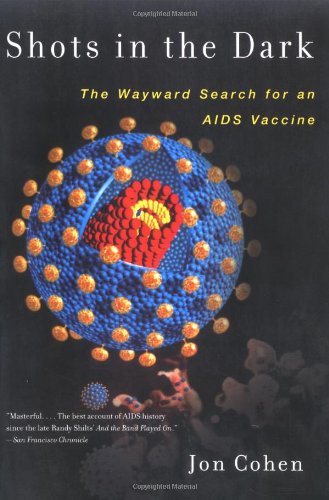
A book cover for Shots in the Dark: The Wayward Search for an AIDS Vaccine; Jon Cohen; Health, Fitness & Dieting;